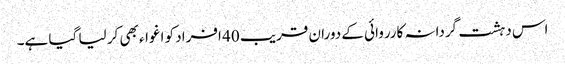
اس دہشت گردانہ کارروائی کے دوران قریب 40 افراد کو اغواء بھی کر لیا گیا ہے۔